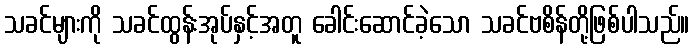
သခင်များကို သခင်ထွန်းအုပ်နှင့်အတူ ခေါင်းဆောင်ခဲ့သော သခင်ဗစိန်တို့ဖြစ်ပါသည်။